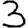
Digit: 3